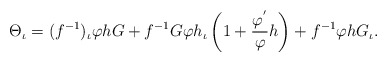
\begin{align*}\Theta_{\iota}=(f^{-1})_{\iota}\varphi hG+f^{-1}G\varphi h_{\iota}\left(1+\frac{\varphi^{'}}{\varphi}h\right)+f^{-1}\varphi h G_{\iota}.\end{align*}